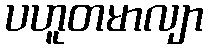
ပဟူတမာလျာ